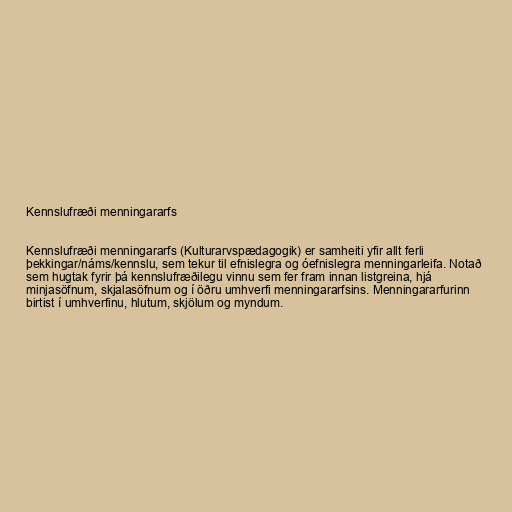
Kennslufræði menningararfs

Kennslufræði menningararfs (Kulturarvspædagogik) er samheiti yfir allt ferli
þekkingar/náms/kennslu, sem tekur til efnislegra og óefnislegra menningarleifa. Notað
sem hugtak fyrir þá kennslufræðilegu vinnu sem fer fram innan listgreina, hjá
minjasöfnum, skjalasöfnum og í öðru umhverfi menningararfsins. Menningararfurinn
birtist í umhverfinu, hlutum, skjölum og myndum.